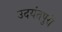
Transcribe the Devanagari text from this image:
उदयंतपुरी